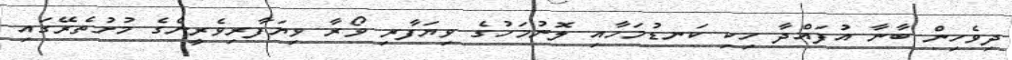
ދިވެހިން ބާނާ އުފައްދާ ހިކި ކަނޑުމަހާއި ލޮނުމަހުގެ ވިޔަފާރި ވޯރާ ވިޔަފާރިވެރީންގެ މުށުތެރޭގައި